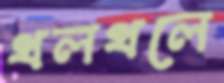
থলথলে